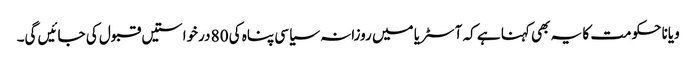
ویانا حکومت کا یہ بھی کہنا ہے کہ آسٹریا میں روزانہ سیاسی پناہ کی 80 درخواستیں قبول کی جائیں گی۔